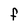
Character: F